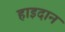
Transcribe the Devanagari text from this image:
हाइदान